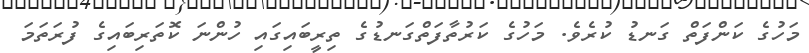
މަހުގެ ކަންފަތް ގަނޑު ކުރެވެ. މަހުގެ ކަރުތާފަތްގަނޑުގެ ތިރީބައިގައި ހުންނަ ކޮތަރިބައިގެ ފުރަތަމަ